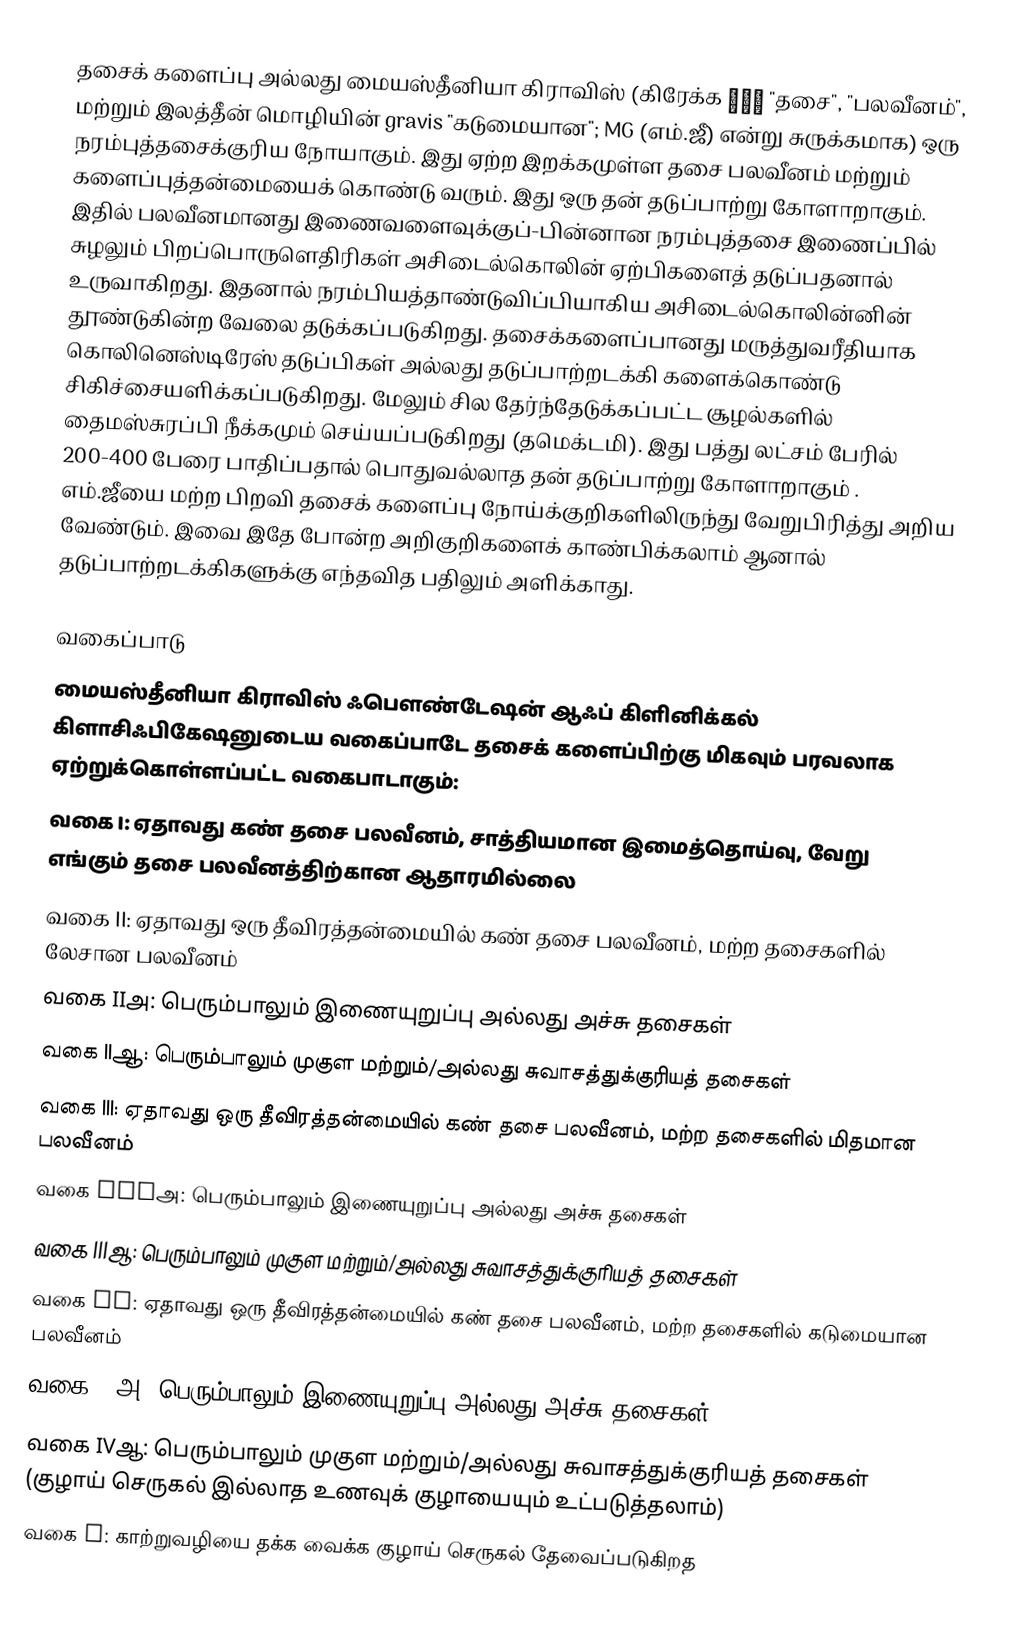
தசைக் களைப்பு  அல்லது மையஸ்தீனியா கிராவிஸ் (கிரேக்க μύς  "தசை",  "பலவீனம்", மற்றும் இலத்தீன் மொழியின் gravis  "கடுமையான"; MG (எம்.ஜீ)  என்று சுருக்கமாக) ஒரு நரம்புத்தசைக்குரிய நோயாகும். இது ஏற்ற இறக்கமுள்ள தசை பலவீனம் மற்றும் களைப்புத்தன்மையைக் கொண்டு வரும். இது ஒரு தன் தடுப்பாற்று கோளாறாகும். இதில் பலவீனமானது இணைவளைவுக்குப்-பின்னான நரம்புத்தசை இணைப்பில் சுழலும் பிறப்பொருளெதிரிகள்  அசிடைல்கொலின் ஏற்பிகளைத் தடுப்பதனால் உருவாகிறது. இதனால்  நரம்பியத்தாண்டுவிப்பியாகிய அசிடைல்கொலின்னின் தூண்டுகின்ற வேலை தடுக்கப்படுகிறது. தசைக்களைப்பானது மருத்துவரீதியாக கொலினெஸ்டிரேஸ் தடுப்பிகள் அல்லது தடுப்பாற்றடக்கி களைக்கொண்டு சிகிச்சையளிக்கப்படுகிறது. மேலும் சில தேர்ந்தேடுக்கப்பட்ட சூழல்களில் தைமஸ்சுரப்பி நீக்கமும் செய்யப்படுகிறது (தமெக்டமி). இது பத்து லட்சம் பேரில் 200-400 பேரை பாதிப்பதால் பொதுவல்லாத தன் தடுப்பாற்று கோளாறாகும் .  எம்.ஜீயை மற்ற பிறவி தசைக் களைப்பு நோய்க்குறிகளிலிருந்து வேறுபிரித்து அறிய வேண்டும். இவை இதே போன்ற அறிகுறிகளைக் காண்பிக்கலாம் ஆனால் தடுப்பாற்றடக்கிகளுக்கு எந்தவித பதிலும் அளிக்காது.

வகைப்பாடு
மையஸ்தீனியா கிராவிஸ் ஃபௌண்டேஷன் ஆஃப் கிளினிக்கல் கிளாசிஃபிகேஷனுடைய வகைப்பாடே தசைக் களைப்பிற்கு மிகவும் பரவலாக ஏற்றுக்கொள்ளப்பட்ட வகைபாடாகும்:
 வகை I: ஏதாவது கண் தசை பலவீனம், சாத்தியமான இமைத்தொய்வு, வேறு எங்கும் தசை பலவீனத்திற்கான ஆதாரமில்லை
 வகை II: ஏதாவது ஒரு தீவிரத்தன்மையில் கண் தசை பலவீனம், மற்ற தசைகளில் லேசான பலவீனம்
 வகை IIஅ: பெரும்பாலும் இணையுறுப்பு அல்லது அச்சு தசைகள்
 வகை IIஆ: பெரும்பாலும் முகுள மற்றும்/அல்லது சுவாசத்துக்குரியத் தசைகள்
 வகை III: ஏதாவது ஒரு தீவிரத்தன்மையில் கண் தசை பலவீனம், மற்ற தசைகளில் மிதமான பலவீனம்
 வகை IIIஅ: பெரும்பாலும் இணையுறுப்பு அல்லது அச்சு தசைகள்
 வகை IIIஆ: பெரும்பாலும் முகுள மற்றும்/அல்லது சுவாசத்துக்குரியத் தசைகள்
 வகை IV: ஏதாவது ஒரு தீவிரத்தன்மையில் கண் தசை பலவீனம், மற்ற தசைகளில் கடுமையான பலவீனம்
 வகை IVஅ: பெரும்பாலும் இணையுறுப்பு அல்லது அச்சு தசைகள்
 வகை IVஆ: பெரும்பாலும் முகுள மற்றும்/அல்லது சுவாசத்துக்குரியத் தசைகள் (குழாய் செருகல் இல்லாத உணவுக் குழாயையும் உட்படுத்தலாம்)
 வகை V: காற்றுவழியை தக்க வைக்க குழாய் செருகல் தேவைப்படுகிறத